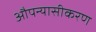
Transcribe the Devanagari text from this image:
औपन्यासीकरण